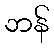
ဘန်